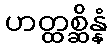
ဟတ္ထစ္ဆိန္နံ